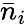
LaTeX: {\bar{n}}_{i}